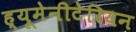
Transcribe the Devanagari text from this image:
ह्यूमेनीटेरियन